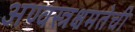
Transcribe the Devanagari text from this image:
अण्वस्त्रक्षमतेची